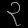
Digit: ၃